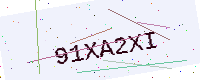
Text: 91XA2XI